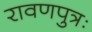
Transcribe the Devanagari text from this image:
रावणपुत्रः